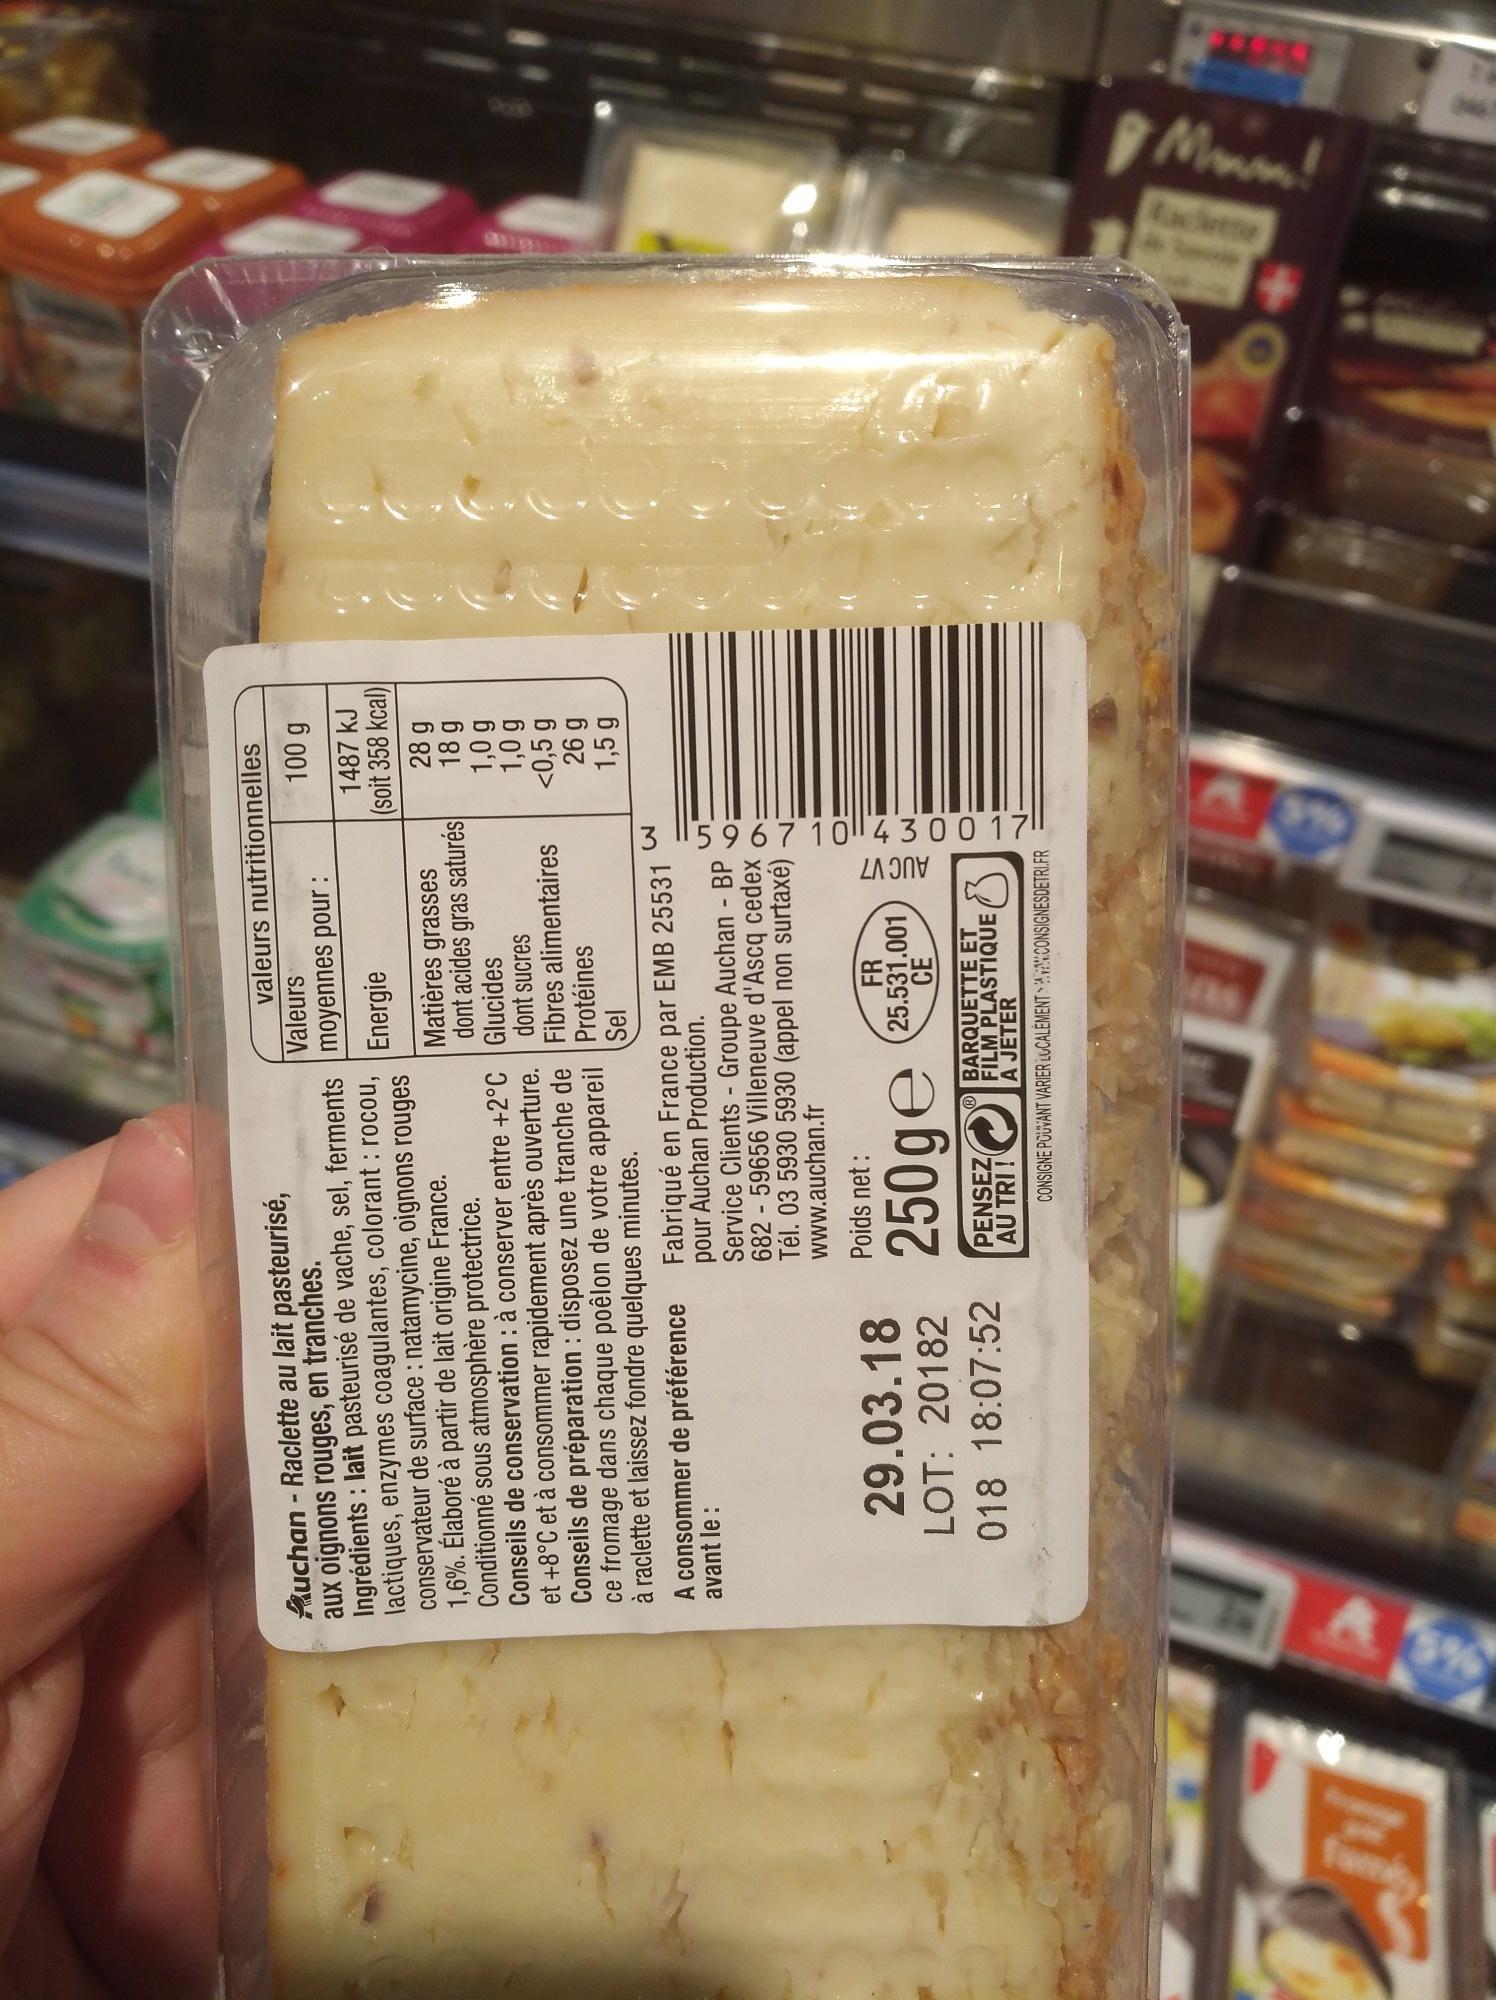
fume
Auchan - Raclette au lait pasteurisé, aux oignons rouges, en tranches.
Ingrédients : lait pasteurisé de vache, sel, ferments lactiques, enzymes coagulantes, colorant : rocou, conservateur de surface : natamycine, oignons rouges 1,6%. Élaboré à partir de lait origine France. Conditionné sous atmosphère protectrice.
Conseils de conservation : à conserver entre +2°C et +8°C et à consommer rapidement après ouverture. Conseils de préparation : disposez une tranche de ce fromage dans chaque poêlon de votre appareil à raclette et laissez fondre quelques minutes.
A consommer de préférence
avant le :
29.03.18 LOT: 20182 018 18:07:52
valeurs nutritionnelles
Poids net :
250ge
Valeurs moyennes pour :
Energie
Matières grasses dont acides gras saturés Glucides
Fabriqué en France par EMB 25531 pour Auchan Production.
PENSEZ
AU TRI!
dont sucres Fibres alimentaires Protéines
Sel
Service Clients - Groupe Auchan - BP 682-59656 Villeneuve d'Ascq cedex Tél. 03 5930 5930 (appel non surtaxé) www.auchan.fr
FR 25.531.001 CE
AUC V7
35967 10 430017
BARQUETTE ET
FILM PLASTIQUE A JETER
CONSIGNE POUVANT VARIER LOCALEMENT CONSIGNESDETRI.FR
100 g
1487 kJ
(soit 358 kcal)
28 g
18 g
1,0 g
1,0 g
<0,5 g
26 g
1,5 g
Manan